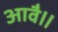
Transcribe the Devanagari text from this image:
आवै॥